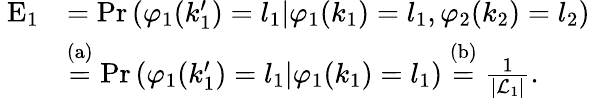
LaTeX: \begin{array}{rl}{\mathrm{\mathbf~E}_{1}}&{=\mathrm{Pr}\left(\varphi_{1}(k_{1}^{\prime})=l_{1}|\varphi_{1}(k_{1})=l_{1},\varphi_{2}(k_{2})=l_{2}\right)}\\ &{\stackrel{\mathrm{(a)}}{=}\mathrm{Pr}\left(\varphi_{1}(k_{1}^{\prime})=l_{1}|\varphi_{1}(k_{1})=l_{1}\right)\stackrel{\mathrm{(b)}}{=}\frac{1}{|{\cal L}_{1}|}.}\end{array}